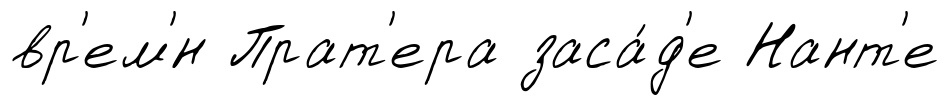
вр'ем'́н Прат'ера заса́д'е Нант'е